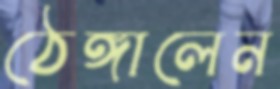
ঠেঙ্গালেন